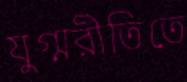
যুগ্মরীতিতে